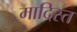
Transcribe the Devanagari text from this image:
मादिस्त